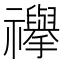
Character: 𮂥